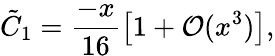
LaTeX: \tilde{C}_{1}=\frac{-x}{16}\left[1+{\cal{O}}(x^{3})\right],